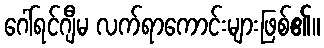
ဂေါ်ရင်ဂျီမ လက်ရာကောင်းများဖြစ်၏။